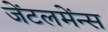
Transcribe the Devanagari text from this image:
जेंटलमेंन्स